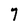
Character: 7